Plague in India, 1896, 1897 - Volume 1
Year: 1896
Disease focus: Plague
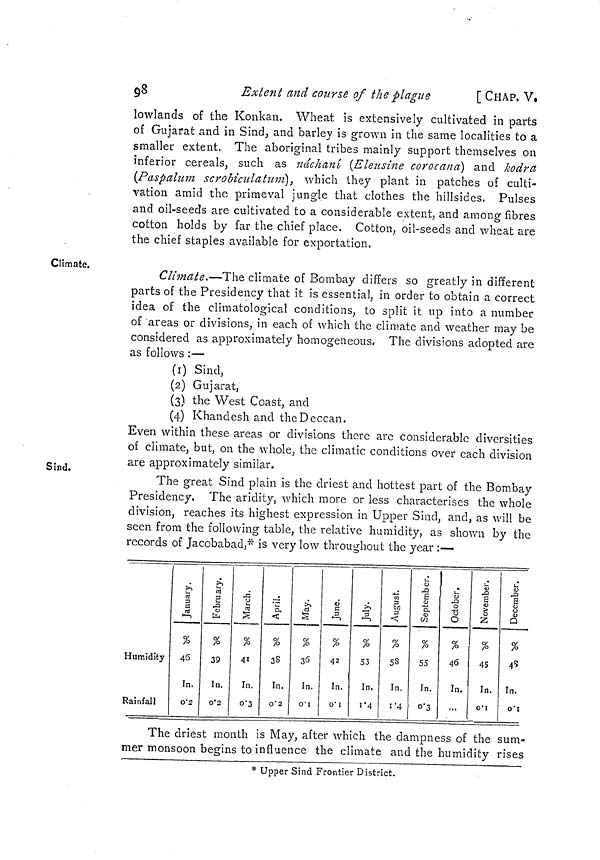
98
Extent and course of the plague
[ CHAP. V,
lowlands of the Konkan. Wheat is extensively cultivated in parts
of Gujarat and in Sind, and barley is grown in the same localities to a
smaller extent. The aboriginal tribes mainly support themselves on
inferior cereals, such as náchaní (Eleusine corocana) and kodrct
(Paspalum scroliculatum), which they plant in patches of culti-
vation amid the primeval jungle that clothes the hillsides. Pulses
and oil-seeds are cultivated to a considerable extent, and among fibres
cotton holds by far the chief place. Cotton, oil-seeds and wheat are
the chief staples available for exportation.
Climate.
Climate.—The climate of Bombay differs so greatly in different
parts of the Presidency that it is essential, in order to obtain a correct
idea of the climatological conditions, to split it up into a number
of areas or divisions, in each of which the climate and weather may be
considered as approximately homogeneous, The divisions adopted are
as follows :—
(1) Sind,
(2) Gujarat,
(3) the West Coast, and
(4) Khanclesh and the Deccan.
Even within these areas or divisions there arc considerable diversities
of climate, but, on the whole, the climatic conditions over each division
are approximately similar.
Sind.
The great Sind plain is the driest and hottest part of the Bombay
Presidency. The aridity, which more or less characterises the whole
division, reaches its highest expression in Upper Sind, and, as will be
seen from the following table, the relative humidity, as shown by the
records of Jacobabad,* is very low throughout the year :—
Humidity
Rainfall
%
46
In.
0'2
February.
%
39
ln.
0'2
%
41
In.
0 3
%
38
In.
0'2
May.
%
36
In.
0 I
June.
%
42
In.
0 1
%
53
In.
1 4
%
5S
In.
1 4
%
55
In.
0 3
%
46
In.
...
November.
%
45
In.
0 1
%
45
In.
O'1
The driest month is May, after which the dampness of the sum-
mer monsoon begins to influence the climate and the humidity rises
* Upper Sind Frontier District.